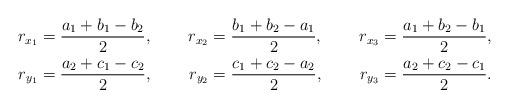
LaTeX: \begin{align*}r_{x_1}&=\frac{a_1+b_1-b_2}{2},\ &r_{x_2}&=\frac{b_1+b_2-a_1}{2},\ &r_{x_3}&=\frac{a_1+b_2-b_1}{2}, \\r_{y_1}&=\frac{a_2+c_1-c_2}{2},\ &r_{y_2}&=\frac{c_1+c_2-a_2}{2},\ &r_{y_3}&=\frac{a_2+c_2-c_1}{2}.\end{align*}